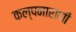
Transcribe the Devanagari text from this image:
कल्पनाराणी